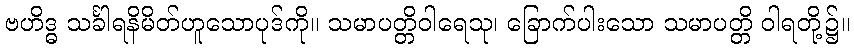
ဗဟိဒ္ဓ သင်္ခါရနိမိတ်ဟူသောပုဒ်ကို။ သမာပတ္တိဝါရေသု၊ ခြောက်ပါးသော သမာပတ္တိ ဝါရတို့၌။